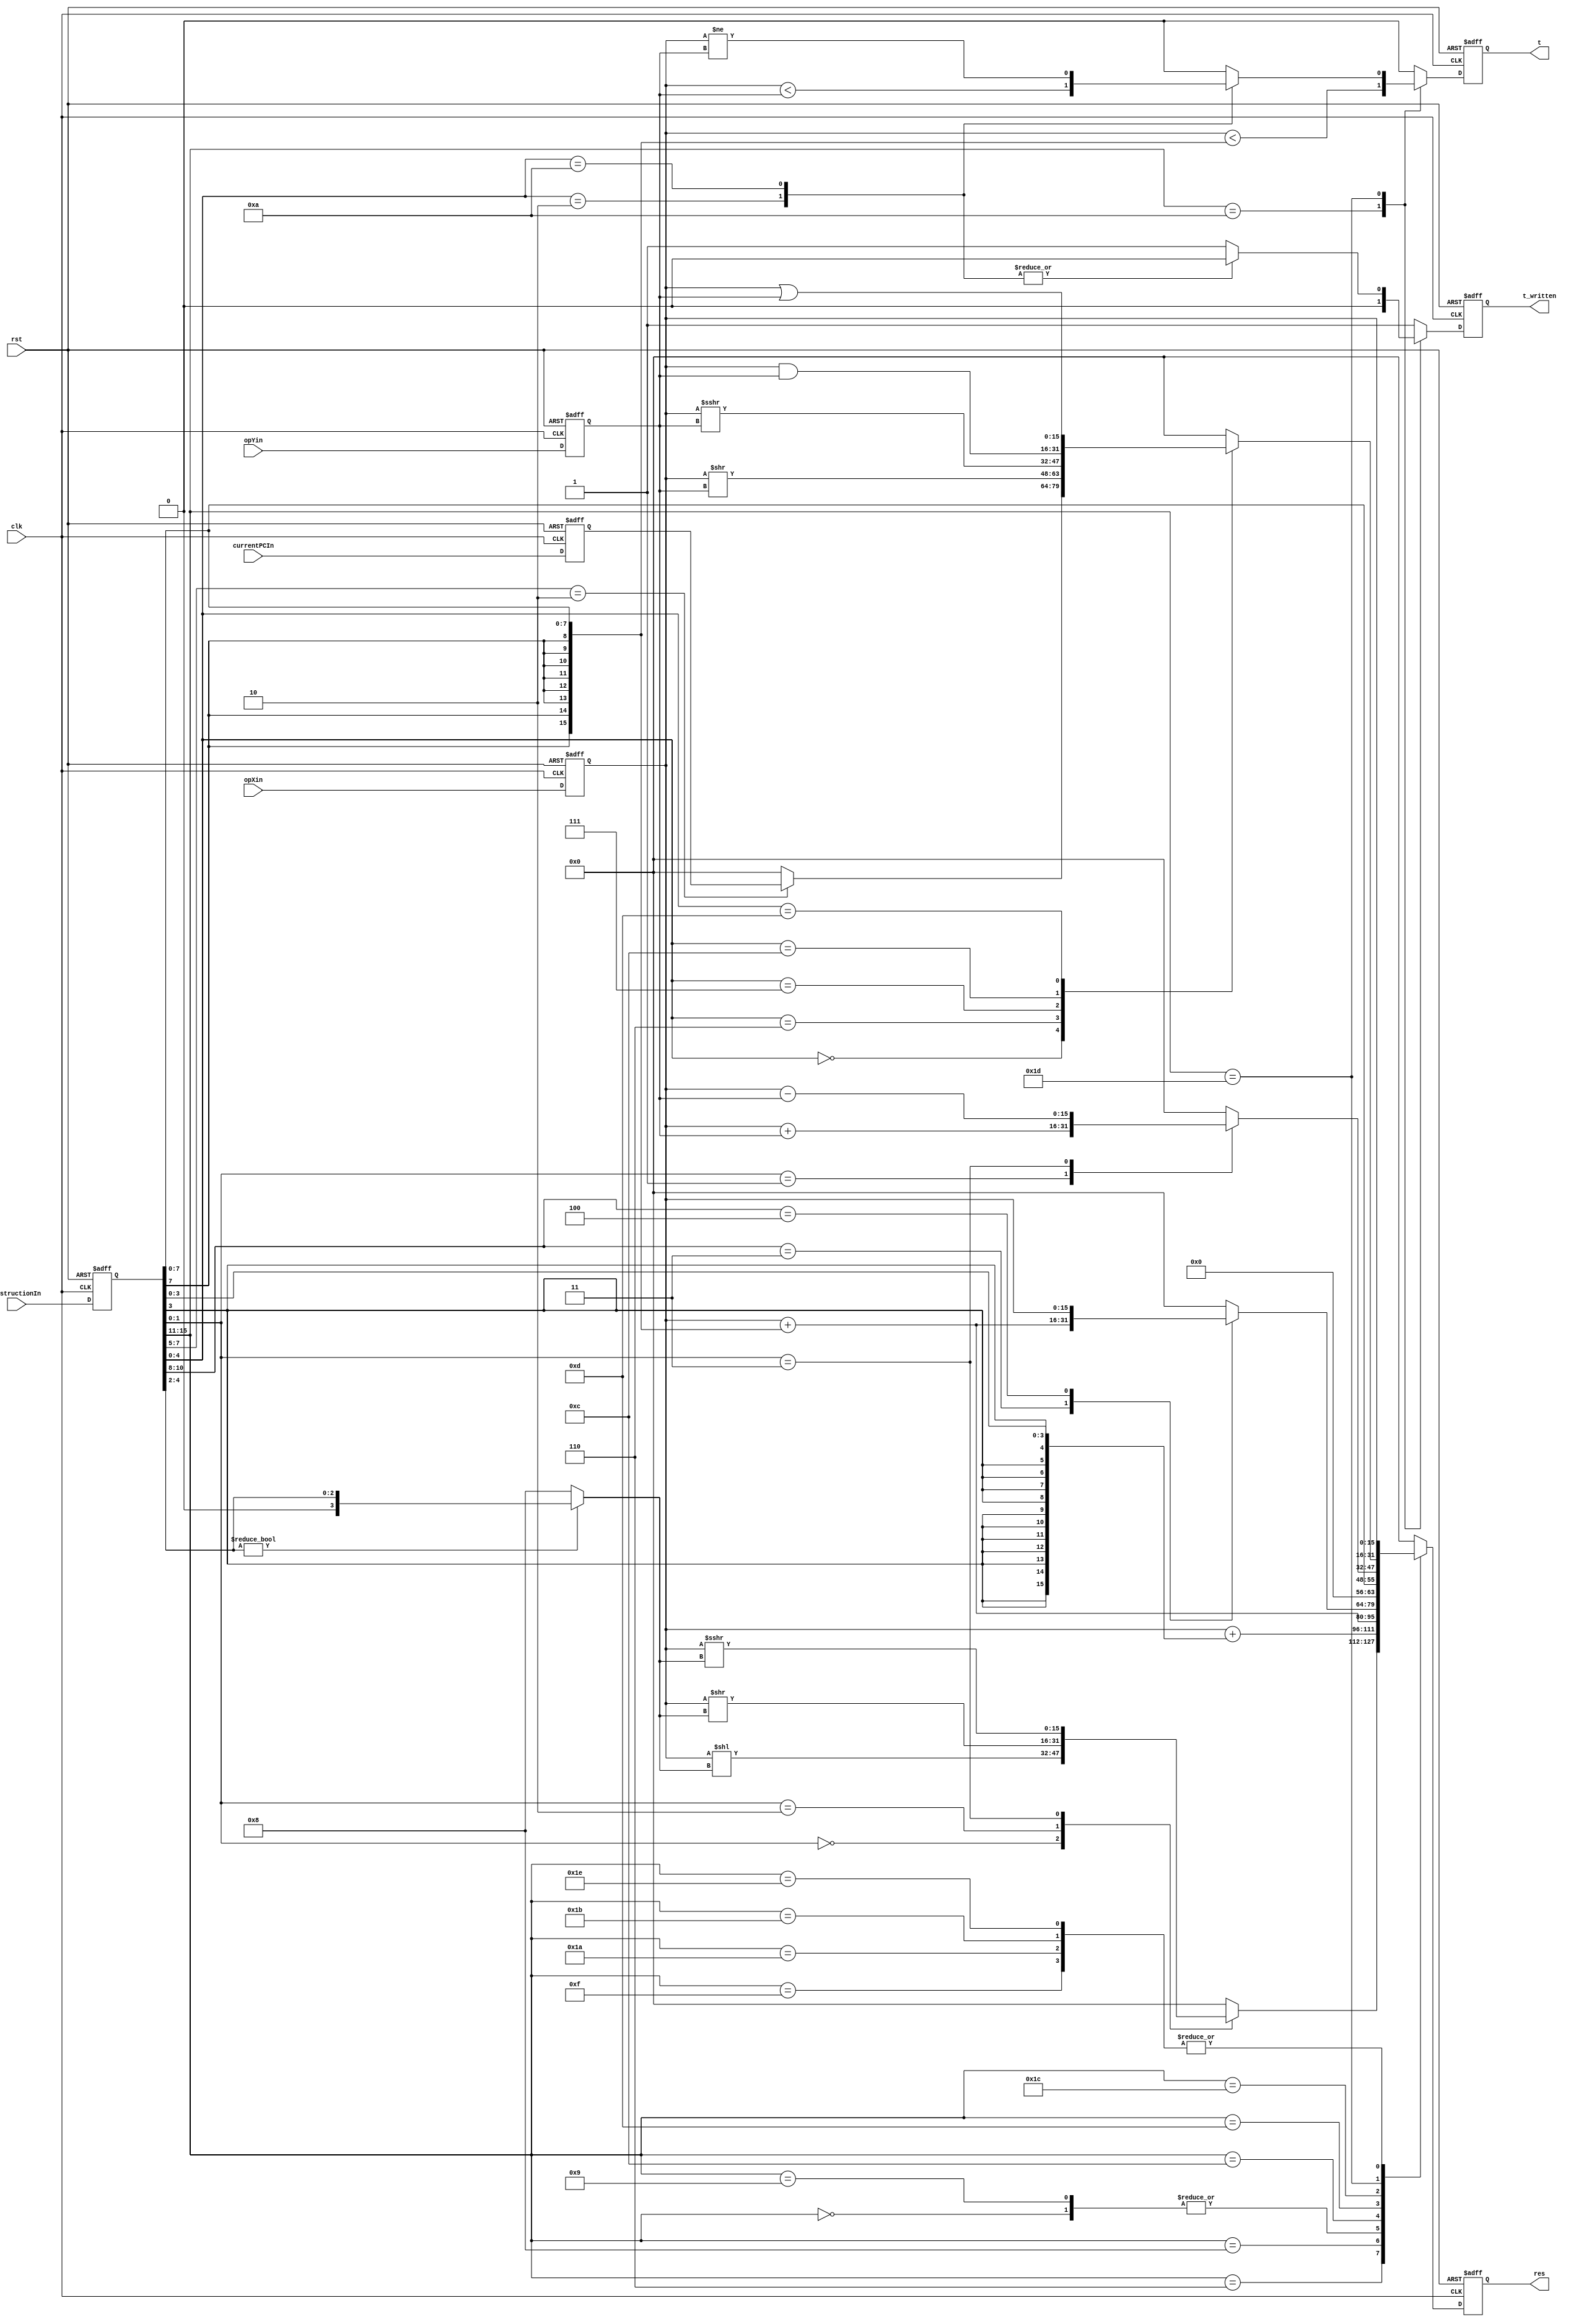
module alu(
  input clk, rst,
  input[15:0] opXin, opYin,
  input[15:0] currentPCIn, instructionIn,
  output reg[15:0] res,
  output reg t_written, t
);

reg [15:0] currentPC, instruction, opX, opY;

wire[15:0] imm16 = {8'd0, instruction[7:0]};
wire[15:0] imm16s = { {8{instruction[7]}}, instruction[7:0]};
wire[15:0] imm16from4s = { {12{instruction[3]}}, instruction[3:0]};
wire[3:0] shift_imm4 = instruction[4:2] ? instruction[4:2] : 8;

always @ (negedge clk or negedge rst)
begin
  if (!rst)
  begin
    currentPC = 0;
	 instruction = 16'b0000100000000000; // nop
	 opX = 0;
	 opY = 0;
  end
  else
  begin
    currentPC = currentPCIn;
	 instruction = instructionIn;
	 opX = opXin;
	 opY = opYin;
  end
end

always @(posedge clk or negedge rst)
begin
  t_written = 1;
  t = 0;
  res = 0;
  if (!rst) // the negedge of rst
  begin
    t_written = 1;
    t = 0;
    res = 0;
  end
  else
  begin
    case (instruction[15:11])
      5'b00000:                         // addsp3
        res = opX + imm16s;
      5'b00110:                         // sll, srl, sra
        case (instruction[1:0])
          2'b00:   res = opX << shift_imm4;  // sll
          2'b10:   res = opX >> shift_imm4;  // srl
          2'b11:   res = opX >>> shift_imm4; // sra
        endcase
      5'b01000:                         // addiu3
        res = opX + imm16from4s;
      5'b01001:                         // addiu
        res = opX + imm16s;
      5'b01010:                         // slti
      begin
        t_written = 0;
        t = $signed(opX) < imm16s;
      end
      5'b01100:                         // addsp, bteqz, btnez, mtsp
        case (instruction[10:8])
          3'b011:                       // addsp
            res = opX + imm16s;
          3'b100:                       // mtsp
            res = opX;
        endcase
      5'b01101:                         // li
        res = imm16;
      5'b01111:                         // move
        res = opX;
      5'b11010:                         // sw_sp
        res = opX;
      5'b11011:                         // sw
        res = opX;
      5'b11100:                         // addu, subu
        case (instruction[1:0])
          2'b01:   res = opX + opY;           // addu
          2'b11:   res = opX - opY;           // subu
        endcase
      5'b11101:                         //  jr, mfpc, srav, srlv, cmp, and, or
        case (instruction[4:0])
          5'b00000:                     // jr, mfpc
            case (instruction[7:5])
              //3'b000:                   // jr
              3'b010:                   // mfpc
                res = currentPC;
            endcase
          5'b00010:                     // slt
          begin
            t_written = 0;
            t = $signed(opX) < $signed(opY);
          end
          5'b00110:                     // srlv
            res = opX >> opY;
          5'b00111:                     // srav
            res = opX >>> opY;
          5'b01010:                     // cmp
          begin
            t_written = 0;
            t = opX != opY;
          end
          5'b01100:                     // and
            res = opX & opY;
          5'b01101:                     // or
            res = opX | opY;
        endcase
      5'b11110:                         // mfih, mtih
        case (instruction[0])
          1'b0:                         // mfih
            res = opX;
          1'b1:                         // mtih
            res = opX;
        endcase
    endcase
  end
end

endmodule